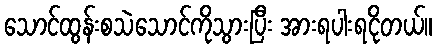
သောင်ထွန်းစသဲသောင်ကိုသွားပြီး အားရပါးရငိုတယ်။